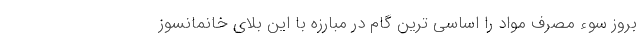
بروز سوء مصرف مواد را اساسی ترین گام در مبارزه با این بلای خانمانسوز